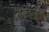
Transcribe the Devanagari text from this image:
सिक्लिदी